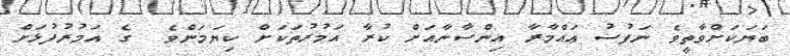
ބަޔަކަށްވާތީވެ ނަފުސު ޢައްމާރާ އިންސާނާއަށް ކުރާ އަމުރުތަކަށް ކިޔަމަންވެ  ގެ އަމުރުފުޅަށް